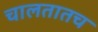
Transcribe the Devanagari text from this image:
चालतातच